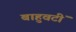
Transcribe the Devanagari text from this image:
बाहुवटीं